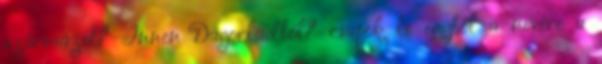
származol? Innen Dagorladból? csapok le egyből a nevére a